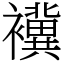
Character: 䙫